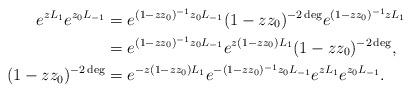
LaTeX: \begin{align*} e^{zL_{1}}e^{z_0L_{-1}}&=e^{(1-zz_0)^{-1}z_0L_{-1}}(1-zz_0)^{-2\deg}e^{(1-zz_0)^{-1}zL_{1}}\\ &=e^{(1-zz_0)^{-1}z_0L_{-1}}e^{z(1-zz_0)L_{1}}(1-zz_0)^{-2\deg},\ \ \ \ \ \ \\ (1-zz_0)^{-2\deg}&= e^{-z(1-zz_0)L_{1}}e^{-(1-zz_0)^{-1}z_0L_{-1}}e^{zL_{1}}e^{z_0L_{-1}}. \end{align*}